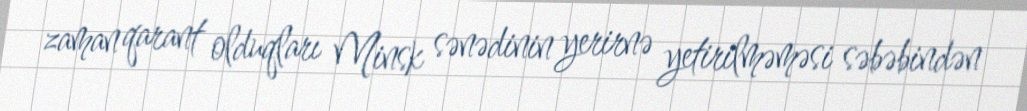
zaman qarant olduqları Minsk sənədinin yerirnə yetirilməməsi səbəbindən